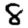
Digit: 8